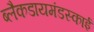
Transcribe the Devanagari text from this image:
ब्लैकडायमंडस्काई